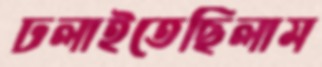
ঢলাইতেছিলাম